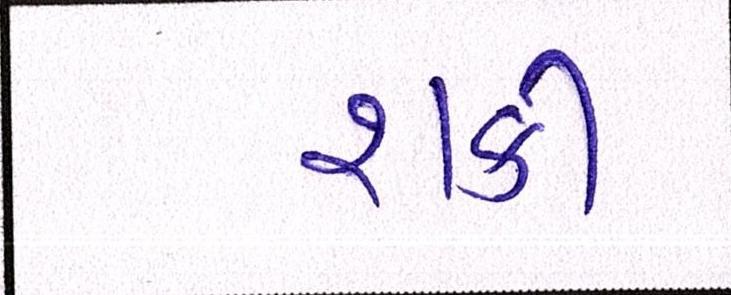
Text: શકી